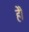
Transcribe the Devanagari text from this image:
हेेो